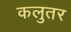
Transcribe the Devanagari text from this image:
कलुतर